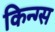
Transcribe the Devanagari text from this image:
किन्ग्स